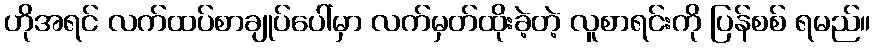
ဟိုအရင် လက်ထပ်စာချုပ်ပေါ်မှာ လက်မှတ်ထိုးခဲ့တဲ့ လူစာရင်းကို ပြန်စစ် ရမည်။